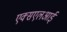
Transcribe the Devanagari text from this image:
एक्सएलआई